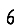
Digit: 6